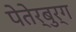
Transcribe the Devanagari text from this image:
पेतेर्बुर्ग